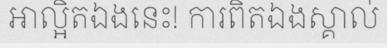
អាល្អិតឯងនេះ! ការពិតឯងស្គាល់